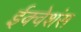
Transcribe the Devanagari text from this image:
ईक्वेशंस